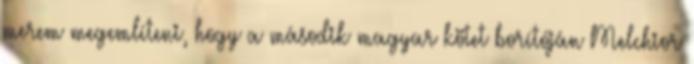
merem megemlíteni, hogy a második magyar kötet borítóján Melchior